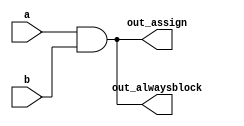
module top_module(
    input a, 
    input b,
    output wire out_assign,
    output reg out_alwaysblock
);

	assign out_assign = a & b;

	always@(*)begin
		out_alwaysblock = a & b;
	end
endmodule